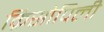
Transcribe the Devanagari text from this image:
क्रिसोपिली